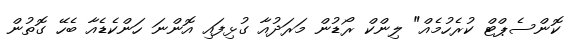
ކޮންސެޕްޓް ކުރެހުމެއް" ލިންކް ރޯޑުން މަރަދުއާ ގުޅިފައި އޮންނަ ހަންކެޑެއާ ބެހޭ ގޮތުން